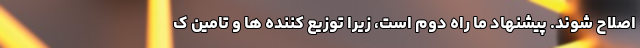
اصلاح شوند. پیشنهاد ما راه دوم است، زیرا توزیع کننده ها و تامین ک